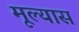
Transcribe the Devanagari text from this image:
मूल्यास